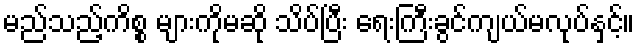
မည်သည့်ကိစ္စ များကိုမဆို သိပ်ပြီး ရေးကြီးခွင်ကျယ်မလုပ်နှင့်။